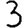
Digit: 3